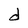
Character: d